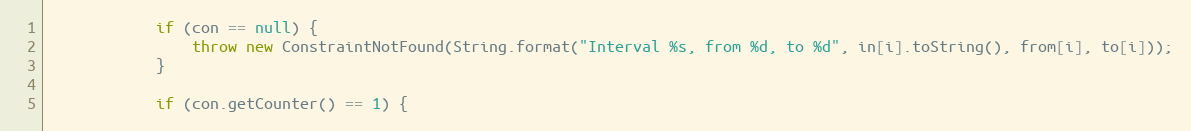
Language: Java
			if (con == null) {
				throw new ConstraintNotFound(String.format("Interval %s, from %d, to %d", in[i].toString(), from[i], to[i]));
			}

			if (con.getCounter() == 1) {